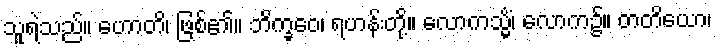
သူရဲသည်။ ဟောတိ၊ ဖြစ်၏။ ဘိက္ခဝေ၊ ရဟန်းတို့။ လောကသ္မိံ၊ လောက၌။ တတိယော၊